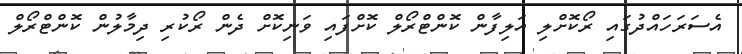
އެސަރަހައްދުގައި ރޯކޮށްލި އަލިފާން ކޮންޓްރޯލް ކޮށްފައި ވަނިކޮށް ދެން ރޯކުރި ދިމާލުން ކޮންޓްރޯލް